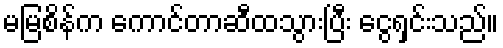
မမြစိန်က ကောင်တာဆီထသွားပြီး ငွေရှင်းသည်။